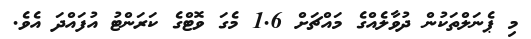
މި ޕެނަލްތަކުން ދުވާލެއްގެ މައްޗަށް 1.6 މެގަ ވޮޓްގެ ކަރަންޓު އުފައްދަ އެވެ.